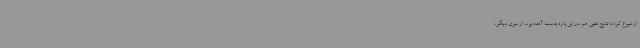
از شیوع کرونا نتایج مثبتی هم در این باره بدست آمده بود. از سوی دیگر،